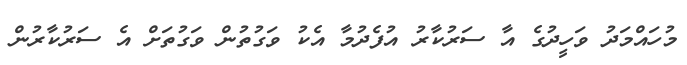
މުހައްމަދު ވަހީދުގެ އާ ސަރުކާރު އުފެދުމާ އެކު ވަގުތުން ވަގުތަށް އެ ސަރުކާރުން